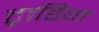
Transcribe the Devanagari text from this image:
ट्राडिग